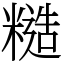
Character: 糙